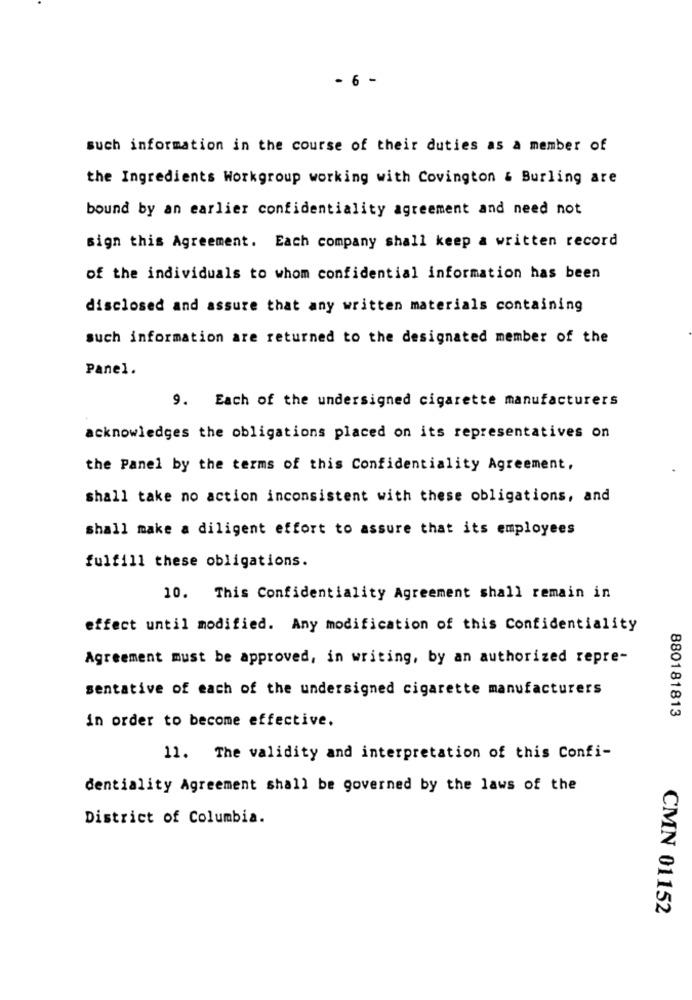
- 6 -
such information in the course of their duties as a member of
the Ingredients Workgroup working with Covington & Burling are
bound by an earlier confidentiality agreement and need not
sign this Agreement. Each company shall keep a written record
of the individuals to whom confidential information has been
disclosed and assure that any written materials containing
such information are returned to the designated member of the
Panel.
9. Each of the undersigned cigarette manufacturers
acknowledges the obligations placed on its representatives on
the Panel by the terms of this Confidentiality Agreement,
shall take no action inconsistent with these obligations, and
shall make a diligent effort to assure that its employees
fulfill these obligations.
10. This Confidentiality Agreement shall remain in
effect until modified. Any modification of this Confidentiality
Agreement must be approved, in writing, by an authorized repre-
sentative of each of the undersigned cigarette manufacturers
880181813
in order to become effective.
11. The validity and interpretation of this Confi-
dentiality Agreement shall be governed by the laws of the
District of Columbia.
CMN 01152